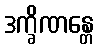
ဒက္ခိဏန္တေ